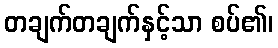
တချက်တချက်နှင့်သာ စပ်၏၊